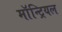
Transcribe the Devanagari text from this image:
माॅन्ट्रियल